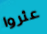
عثروا